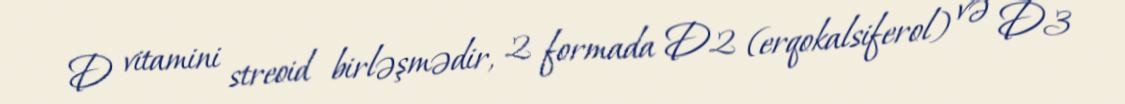
D vitamini streoid birləşmədir, 2 formada D2 (erqokalsiferol) və D3